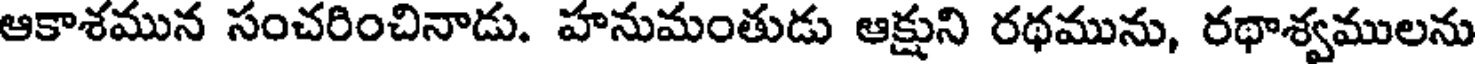
ఆకాశమున సంచరించినాడు. హనుమంతుడు ఆక్షుని రథమును, రథాశ్వములను